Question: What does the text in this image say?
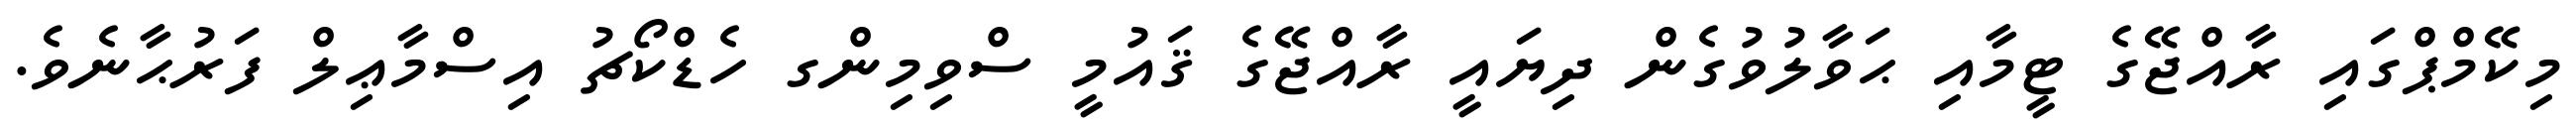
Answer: މިކޭމްޕްގައި ރާއްޖޭގެ ޓީމާއި ޙަވާލުވުގެން ދިޔައީ ރާއްޖޭގެ ޤައުމީ ސްވިމިންގ ހެޑްކޯޗު އިސްމާޢިލް ފަރުޙާނެވެ.